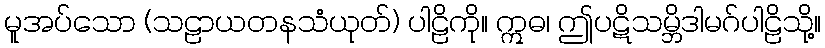
မူအပ်သော (သဠာယတနသံယုတ်) ပါဠိကို။ ဣဓ၊ ဤပဋိသမ္ဘိဒါမဂ်ပါဠိသို့။